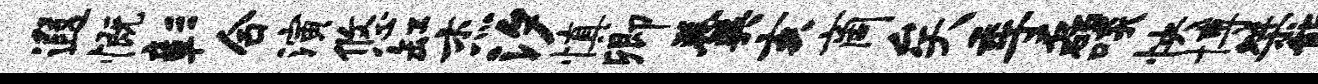
遐慨彰合演悠缸杰汐慎卿羹亥商矣季磊啖怏博桀能